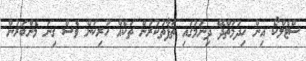
ސްޓެލްކޯ އިން ހިދުމަތްދޭ ދިނުމުގައި ތަފާތުކުރުން ތަކެއް ހުރިކަން ވެސް ގިނަ މެންބަރުން